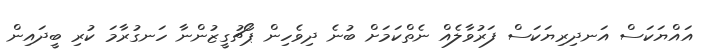
އައްޔަކަސް އަނދިރިޔަކަސް ފަރުވާލެއް ނެތްކަމަށް ބުނެ ދިވެހިން ޕޯޗުގީޒުންނާ ހަނގުރާމަ ކުރި ބީދައިން